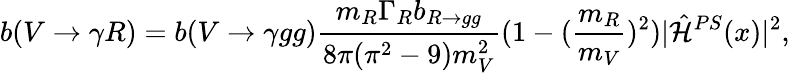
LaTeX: b(V\rightarrow\gamma R)=b(V\rightarrow\gamma gg)\frac{m_{R}\Gamma_{R}b_{R\rightarrow gg}}{8\pi(\pi^{2}-9)m_{V}^{2}}(1-(\frac{m_{R}}{m_{V}})^{2})|{\hat{\cal H}}^{PS}(x)|^{2},